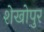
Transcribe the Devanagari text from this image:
शेखोपुर